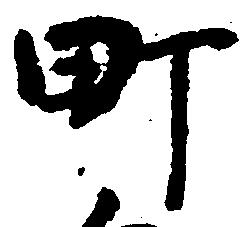
町